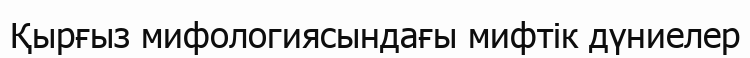
Қырғыз мифологиясындағы мифтік дүниелер